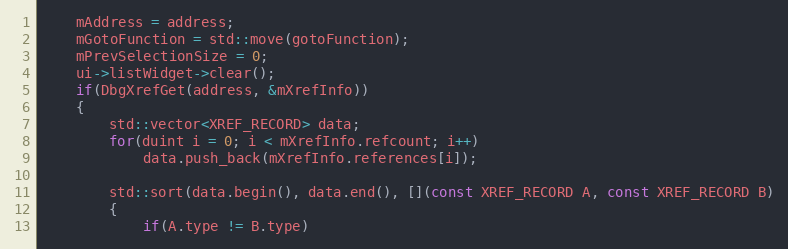
Language: C++
    mAddress = address;
    mGotoFunction = std::move(gotoFunction);
    mPrevSelectionSize = 0;
    ui->listWidget->clear();
    if(DbgXrefGet(address, &mXrefInfo))
    {
        std::vector<XREF_RECORD> data;
        for(duint i = 0; i < mXrefInfo.refcount; i++)
            data.push_back(mXrefInfo.references[i]);

        std::sort(data.begin(), data.end(), [](const XREF_RECORD A, const XREF_RECORD B)
        {
            if(A.type != B.type)